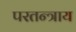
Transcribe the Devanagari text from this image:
परतन्त्राय